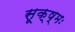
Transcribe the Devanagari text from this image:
सूक्ष्मः